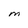
Character: M